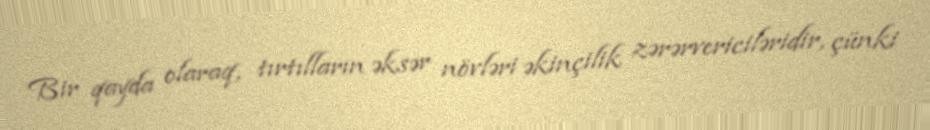
Bir qayda olaraq, tırtılların əksər növləri əkinçilik zərərvericiləridir, çünki